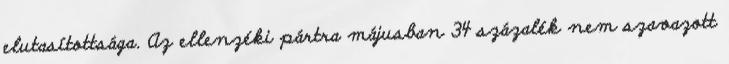
elutasítottsága. Az ellenzéki pártra májusban 34 százalék nem szavazott